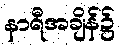
နာရီအချိန်၌